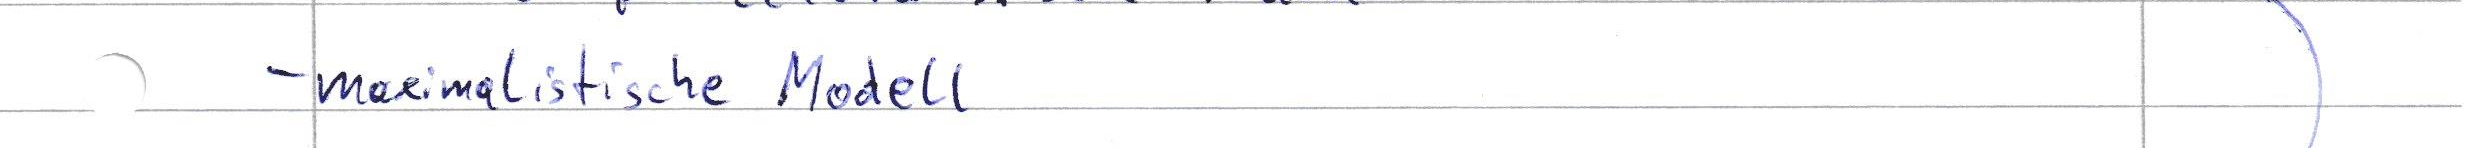
- maximalistische Modell